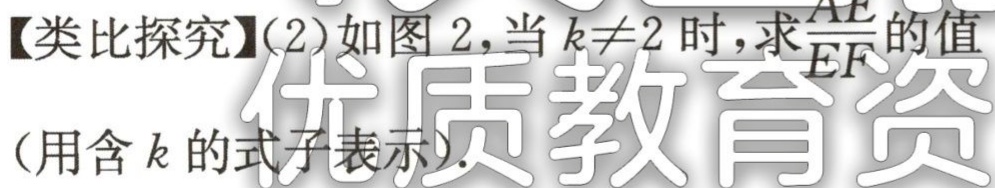
【类比探究】(2)如图 2,当 \(k\neq2\) 时,求\(\frac{AE}{EF}\)的值
(用含 \(k\) 的式子表示).